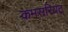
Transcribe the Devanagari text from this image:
कमसरियट